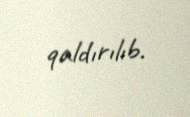
qaldırılıb.